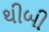
થીબી